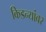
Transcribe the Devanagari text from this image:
किडन्यांवर